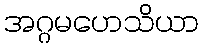
အဂ္ဂမဟေသိယာ